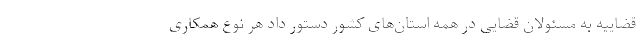
قضاییه به مسئولان قضایی در همه استان‌های کشور دستور داد هر نوع همکاری